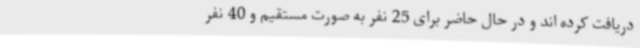
دریافت کرده اند و در حال حاضر برای 25 نفر به صورت مستقیم و 40 نفر